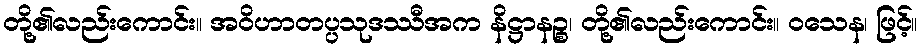
တို့၏လည်းကောင်း။ အဝိဟာတပ္ပသုဒဿီအက နိဋ္ဌာနဉ္စ၊ တို့၏လည်းကောင်း။ ဝသေန၊ ဖြင့်။